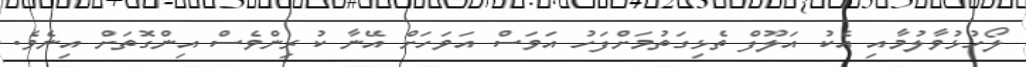
ލޯހުޅުވާލުމާއި އެކު އަލޫފް ތެޅިގަތުމަށްފަހު އަވަސް އަވަހަށް އޭނާ ކުރިންވެސް އިންގޮތަށް އިނެވެ.